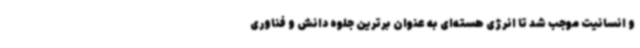
و انسانیت موجب شد تا انرژی هسته‌ای به عنوان برترین جلوه دانش و فناوری